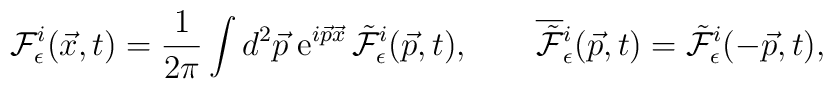
{\cal F}^i_\epsilon(\vec{x},t) = \frac{1}{2\pi} \int d^2\vec{p}\;{\rm e}^{i\vec{p}\vec{x}}\, \tilde{\cal F}^i_\epsilon(\vec{p},t),\qquad\overline{\tilde{\cal F}}{}^i_\epsilon(\vec{p},t) = \tilde{\cal F}^i_\epsilon(-\vec{p},t),